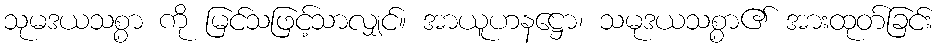
သုမဒယသစ္စာ ကို မြင်သဖြင့်သာလျှင်။ အာယူဟနဋ္ဌော၊ သမုဒယသစ္စာ၏ အားထုတ်ခြင်း